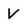
Character: V